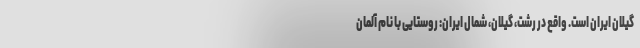
گیلان ایران است. واقع در رشت، گیلان، شمال ایران: روستایی با نام آلمان